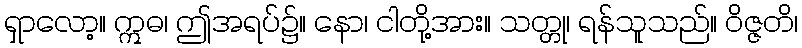
ရှာလော့။ ဣဓ၊ ဤအရပ်၌။ နော၊ ငါတို့အား။ သတ္တု၊ ရန်သူသည်။ ဝိဇ္ဇတိ၊